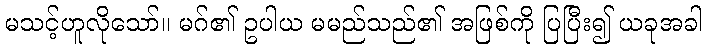
မသင့်ဟူလိုသော်။ မဂ်၏ ဥပါယ မမည်သည်၏ အဖြစ်ကို ပြပြီး၍ ယခုအခါ